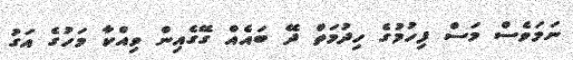
ނަމަވެސް މަސް ފިހުމުގެ ހިދުމަތް ދޭ ބައެއް ގޭގެއިން ވިއްކާ މަހުގެ އަގު